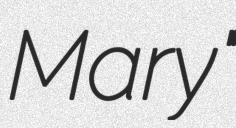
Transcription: Mary"